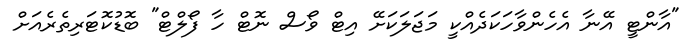
"އާންޓީ އޭނާ އެހެންވާހަކަދެއްކީ މަޖަލަކަށޭ އިޓް ވޯސް ނޮޓް ހާ ފޯލްޓް" ބޮޑުކޮޓަރިތެރެއަށް